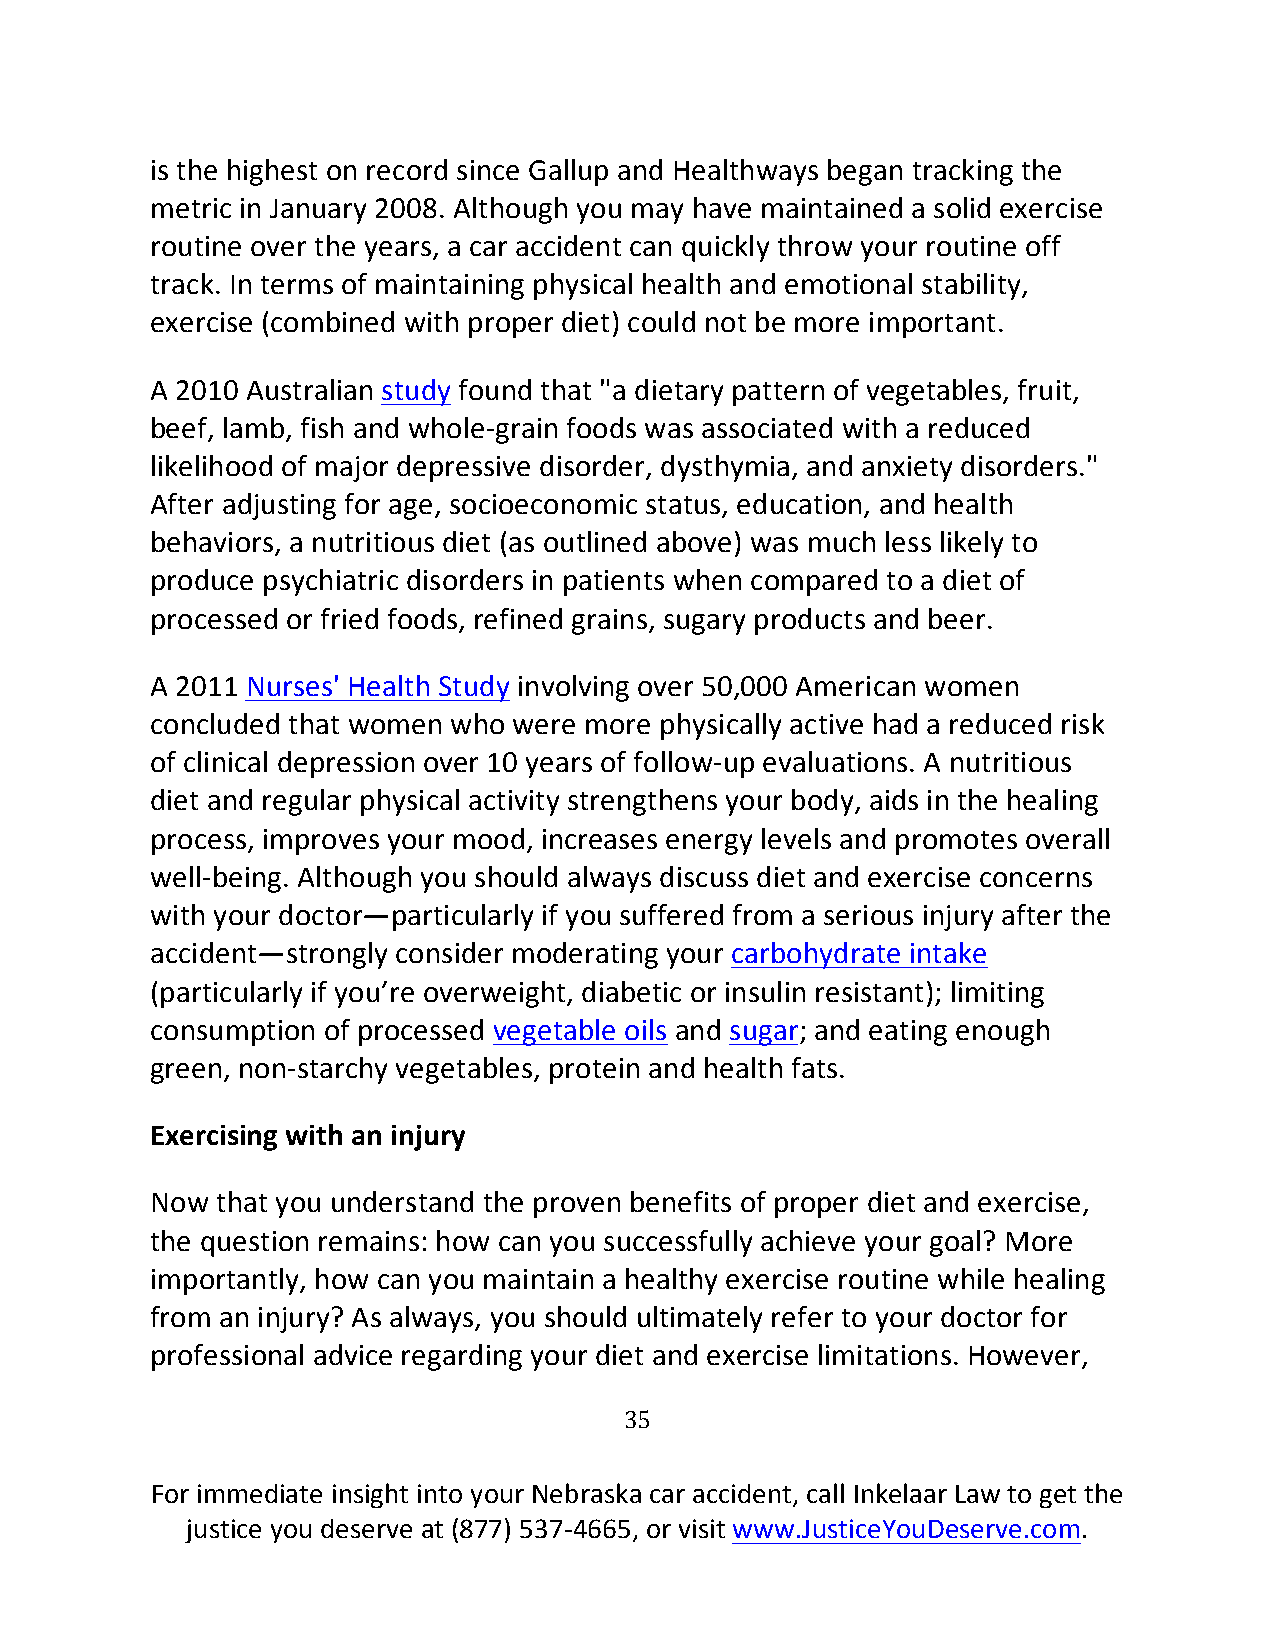
is the highest on record since Gallup and Healthways began tracking the
 metric in January 2008. Although you may have maintained a solid exercise
 routine over the years, a car accident can quickly throw your routine off
 track. In terms of maintaining physical health and emotional stability,
 exercise (combined with proper diet) could not be more important.
 A 2010 Australian study found that "a dietary pattern of vegetables, fruit,
 beef, lamb, fish and whole-grain foods was associated with a reduced
 likelihood of major depressive disorder, dysthymia, and anxiety disorders."
 After adjusting for age, socioeconomic status, education, and health
 behaviors, a nutritious diet (as outlined above) was much less likely to
 produce psychiatric disorders in patients when compared to a diet of
 processed or fried foods, refined grains, sugary products and beer.
 A 2011 Nurses' Health Study involving over 50,000 American women
 concluded that women who were more physically active had a reduced risk
 of clinical depression over 10 years of follow-up evaluations. A nutritious
 diet and regular physical activity strengthens your body, aids in the healing
 process, improves your mood, increases energy levels and promotes overall
 well-being. Although you should always discuss diet and exercise concerns
 with your doctor—particularly if you suffered from a serious injury after the
 accident—strongly consider moderating your carbohydrate intake
 (particularly if you’re overweight, diabetic or insulin resistant); limiting
 consumption of processed vegetable oils and sugar; and eating enough
 green, non-starchy vegetables, protein and health fats.
 Exercising with an injury
 Now that you understand the proven benefits of proper diet and exercise,
 the question remains: how can you successfully achieve your goal? More
 importantly, how can you maintain a healthy exercise routine while healing
 from an injury? As always, you should ultimately refer to your doctor for
 professional advice regarding your diet and exercise limitations. However,
 35
 For immediate insight into your Nebraska car accident, call Inkelaar Law to get the
 justice you deserve at (877) 537-4665, or visit www.JusticeYouDeserve.com.